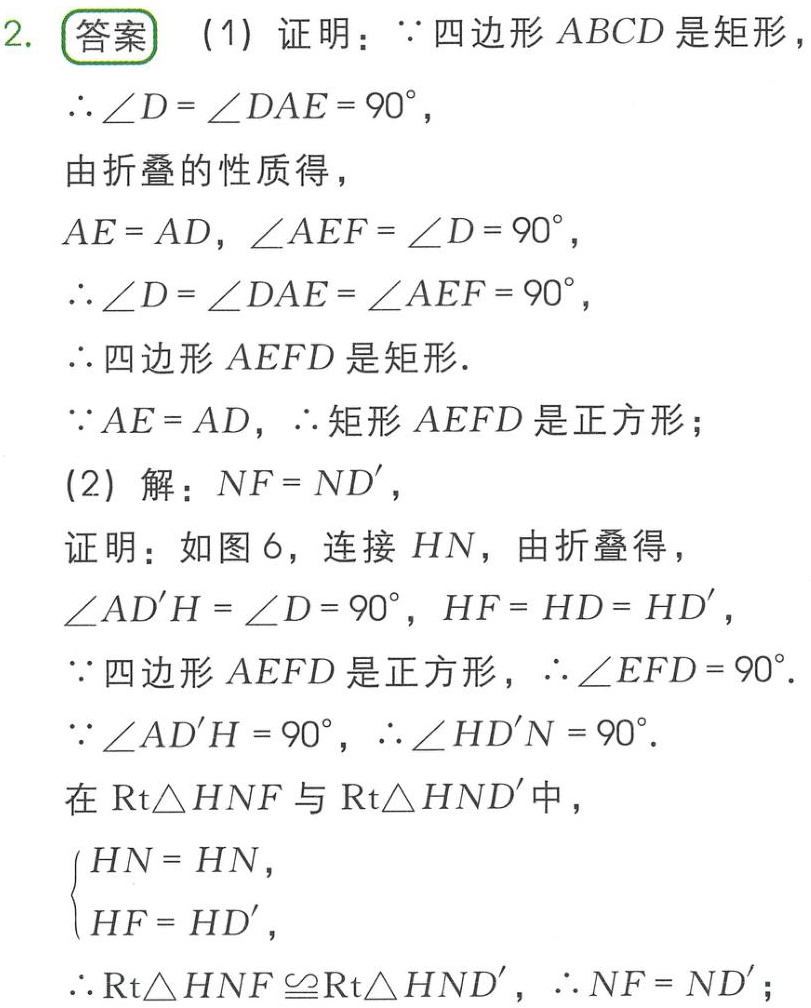
2. 答案
(1) 证明：\(\because\) 四边形 \(ABCD\) 是矩形，
\(\therefore \angle D=\angle DAE = 90^{\circ}\)，
由折叠的性质得，
\(AE = AD\)，\(\angle AEF=\angle D = 90^{\circ}\)，
\(\therefore \angle D=\angle DAE=\angle AEF = 90^{\circ}\)，
\(\therefore\) 四边形 \(AEFD\) 是矩形.
\(\because AE = AD\)，\(\therefore\) 矩形 \(AEFD\) 是正方形；
(2) 解：\(NF = ND'\)，
证明：如图 6，连接 \(HN\)，由折叠得，
\(\angle AD'H=\angle D = 90^{\circ}\)，\(HF = HD = HD'\)，
\(\because\) 四边形 \(AEFD\) 是正方形，\(\therefore \angle EFD = 90^{\circ}\).
\(\because \angle AD'H = 90^{\circ}\)，\(\therefore \angle HD'N = 90^{\circ}\).
在 \(\text{Rt}\triangle HNF\) 与 \(\text{Rt}\triangle HND'\) 中，
\(\begin{cases}
HN = HN,\\
HF = HD',
\end{cases}\)
\(\therefore \text{Rt}\triangle HNF\cong\text{Rt}\triangle HND'\)，\(\therefore NF = ND'\)；